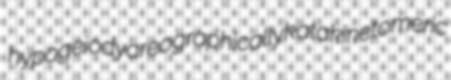
hypogeiody areographically katakinetomeric